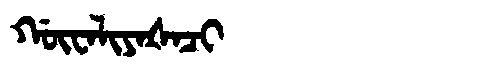
Manchu: ᡤᡡᠸᠠᠯᡳᠶᠠᡧᠠᠴᡳ
Romanization: GŪWALIYAŠACI